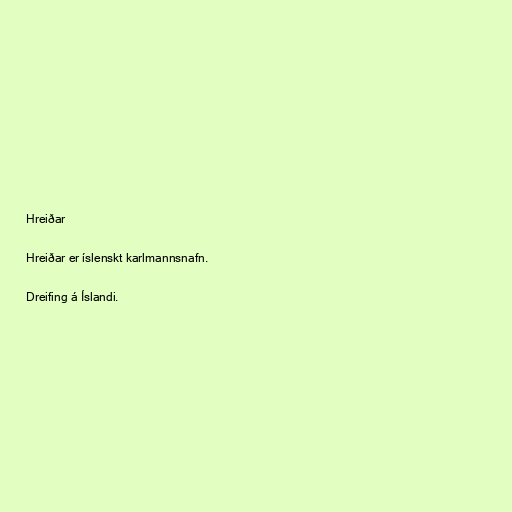
Hreiðar

Hreiðar er íslenskt karlmannsnafn.

Dreifing á Íslandi.